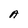
Character: A